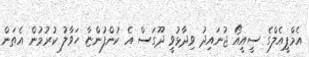
އެމްޕީއެލްގެ ސީއީއޯ ޖުނައިދު ވިދާޅުވީ ދޫގަސް އެ ކުންފުންޏާ ހަވާލު ކުރުމުން އެތަން